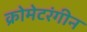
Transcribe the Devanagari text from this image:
क्रोमेटरंगीन